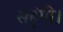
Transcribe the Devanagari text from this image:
सहुंगी।